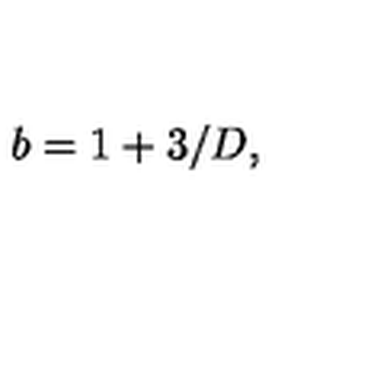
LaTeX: b = 1 + 3 / D , \,